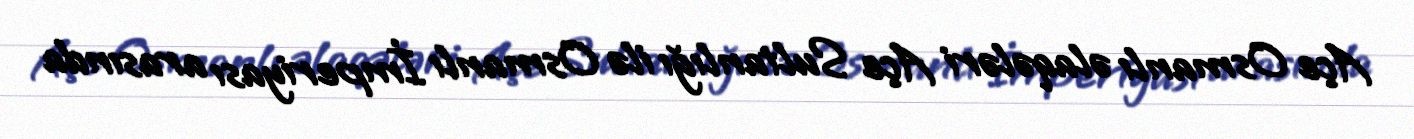
Açe Osmanlı əlaqələri Açe Sultanlığı ilə Osmanlı İmperiyası arasında